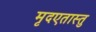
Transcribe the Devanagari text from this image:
मृदएतास्तु